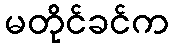
မတိုင်ခင်က